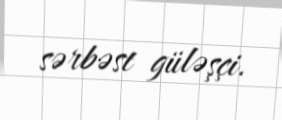
sərbəst güləşçi.